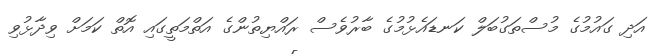
އަދި ގައުމުގެ މުސްތަގުބަލް ކަނޑައެޅުމުގެ ބާރުވެސް ރައްޔިތުންގެ އަތްމަތީގައި އޮތް ކަމަށް ވިދާޅުވި